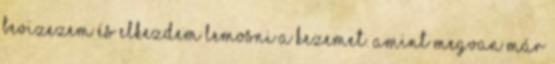
bevizezem és elkezdem lemosni a kezemet. Amint megvan már